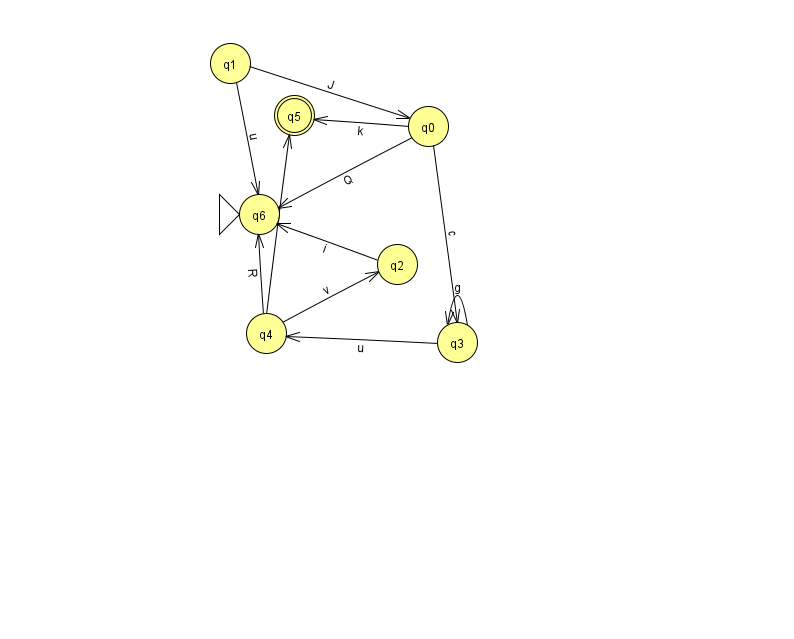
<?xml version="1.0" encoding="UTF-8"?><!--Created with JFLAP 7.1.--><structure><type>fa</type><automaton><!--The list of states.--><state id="0" name="q0"><x>428.0</x><y>113.0</y></state><state id="1" name="q1"><x>230.0</x><y>50.0</y></state><state id="2" name="q2"><x>397.0</x><y>251.0</y></state><state id="3" name="q3"><x>457.0</x><y>329.0</y></state><state id="4" name="q4"><x>266.0</x><y>320.0</y></state><state id="5" name="q5"><x>294.0</x><y>102.0</y><final/></state><state id="6" name="q6"><x>259.0</x><y>201.0</y><initial/></state><!--The list of transitions.--><transition><from>1</from><to>0</to><read>J</read></transition><transition><from>1</from><to>6</to><read>u</read></transition><transition><from>2</from><to>6</to><read>i</read></transition><transition><from>3</from><to>4</to><read>u</read></transition><transition><from>0</from><to>5</to><read>k</read></transition><transition><from>4</from><to>2</to><read>v</read></transition><transition><from>0</from><to>3</to><read>c</read></transition><transition><from>4</from><to>5</to><read>l</read></transition><transition><from>3</from><to>3</to><read>g</read></transition><transition><from>4</from><to>6</to><read>R</read></transition><transition><from>0</from><to>6</to><read>Q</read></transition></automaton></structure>